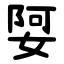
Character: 娿